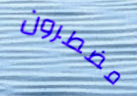
مضطرون